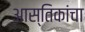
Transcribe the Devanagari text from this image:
आस्तिकांचा